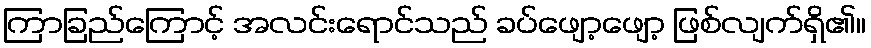
ကြာခြည်ကြောင့် အလင်းရောင်သည် ခပ်ဖျော့ဖျော့ ဖြစ်လျက်ရှိ၏။